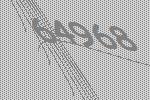
64968